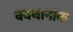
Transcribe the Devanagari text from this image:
क्वथानांक